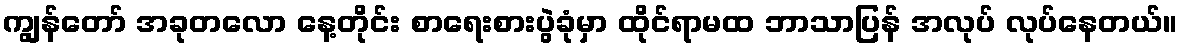
ကျွန်တော် အခုတလော နေ့တိုင်း စာရေးစားပွဲခုံမှာ ထိုင်ရာမထ ဘာသာပြန် အလုပ် လုပ်နေတယ်။